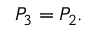
P _ { 3 } = P _ { 2 } .